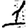
Digit: 1